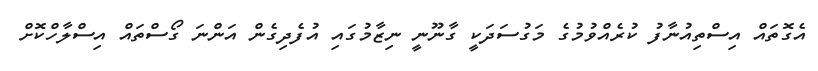
އެގޮތައް އިސްތިއުނާފު ކުރެއްވުމުގެ މަގުސަދަކީ ގާނޫނީ ނިޒާމުގައި އުފެދިގެން އަންނަ ގޯސްތައް އިސްލާހްކޮށް